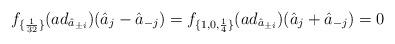
LaTeX: \begin{align*}f_{\{\frac{1}{32}\}}(ad_{\hat{a}_{\pm i}})(\hat{a}_j - \hat{a}_{-j}) = f_{\{1, 0, \frac{1}{4}\}}(ad_{\hat{a}_{\pm i}})(\hat{a}_j + \hat{a}_{-j}) = 0\end{align*}